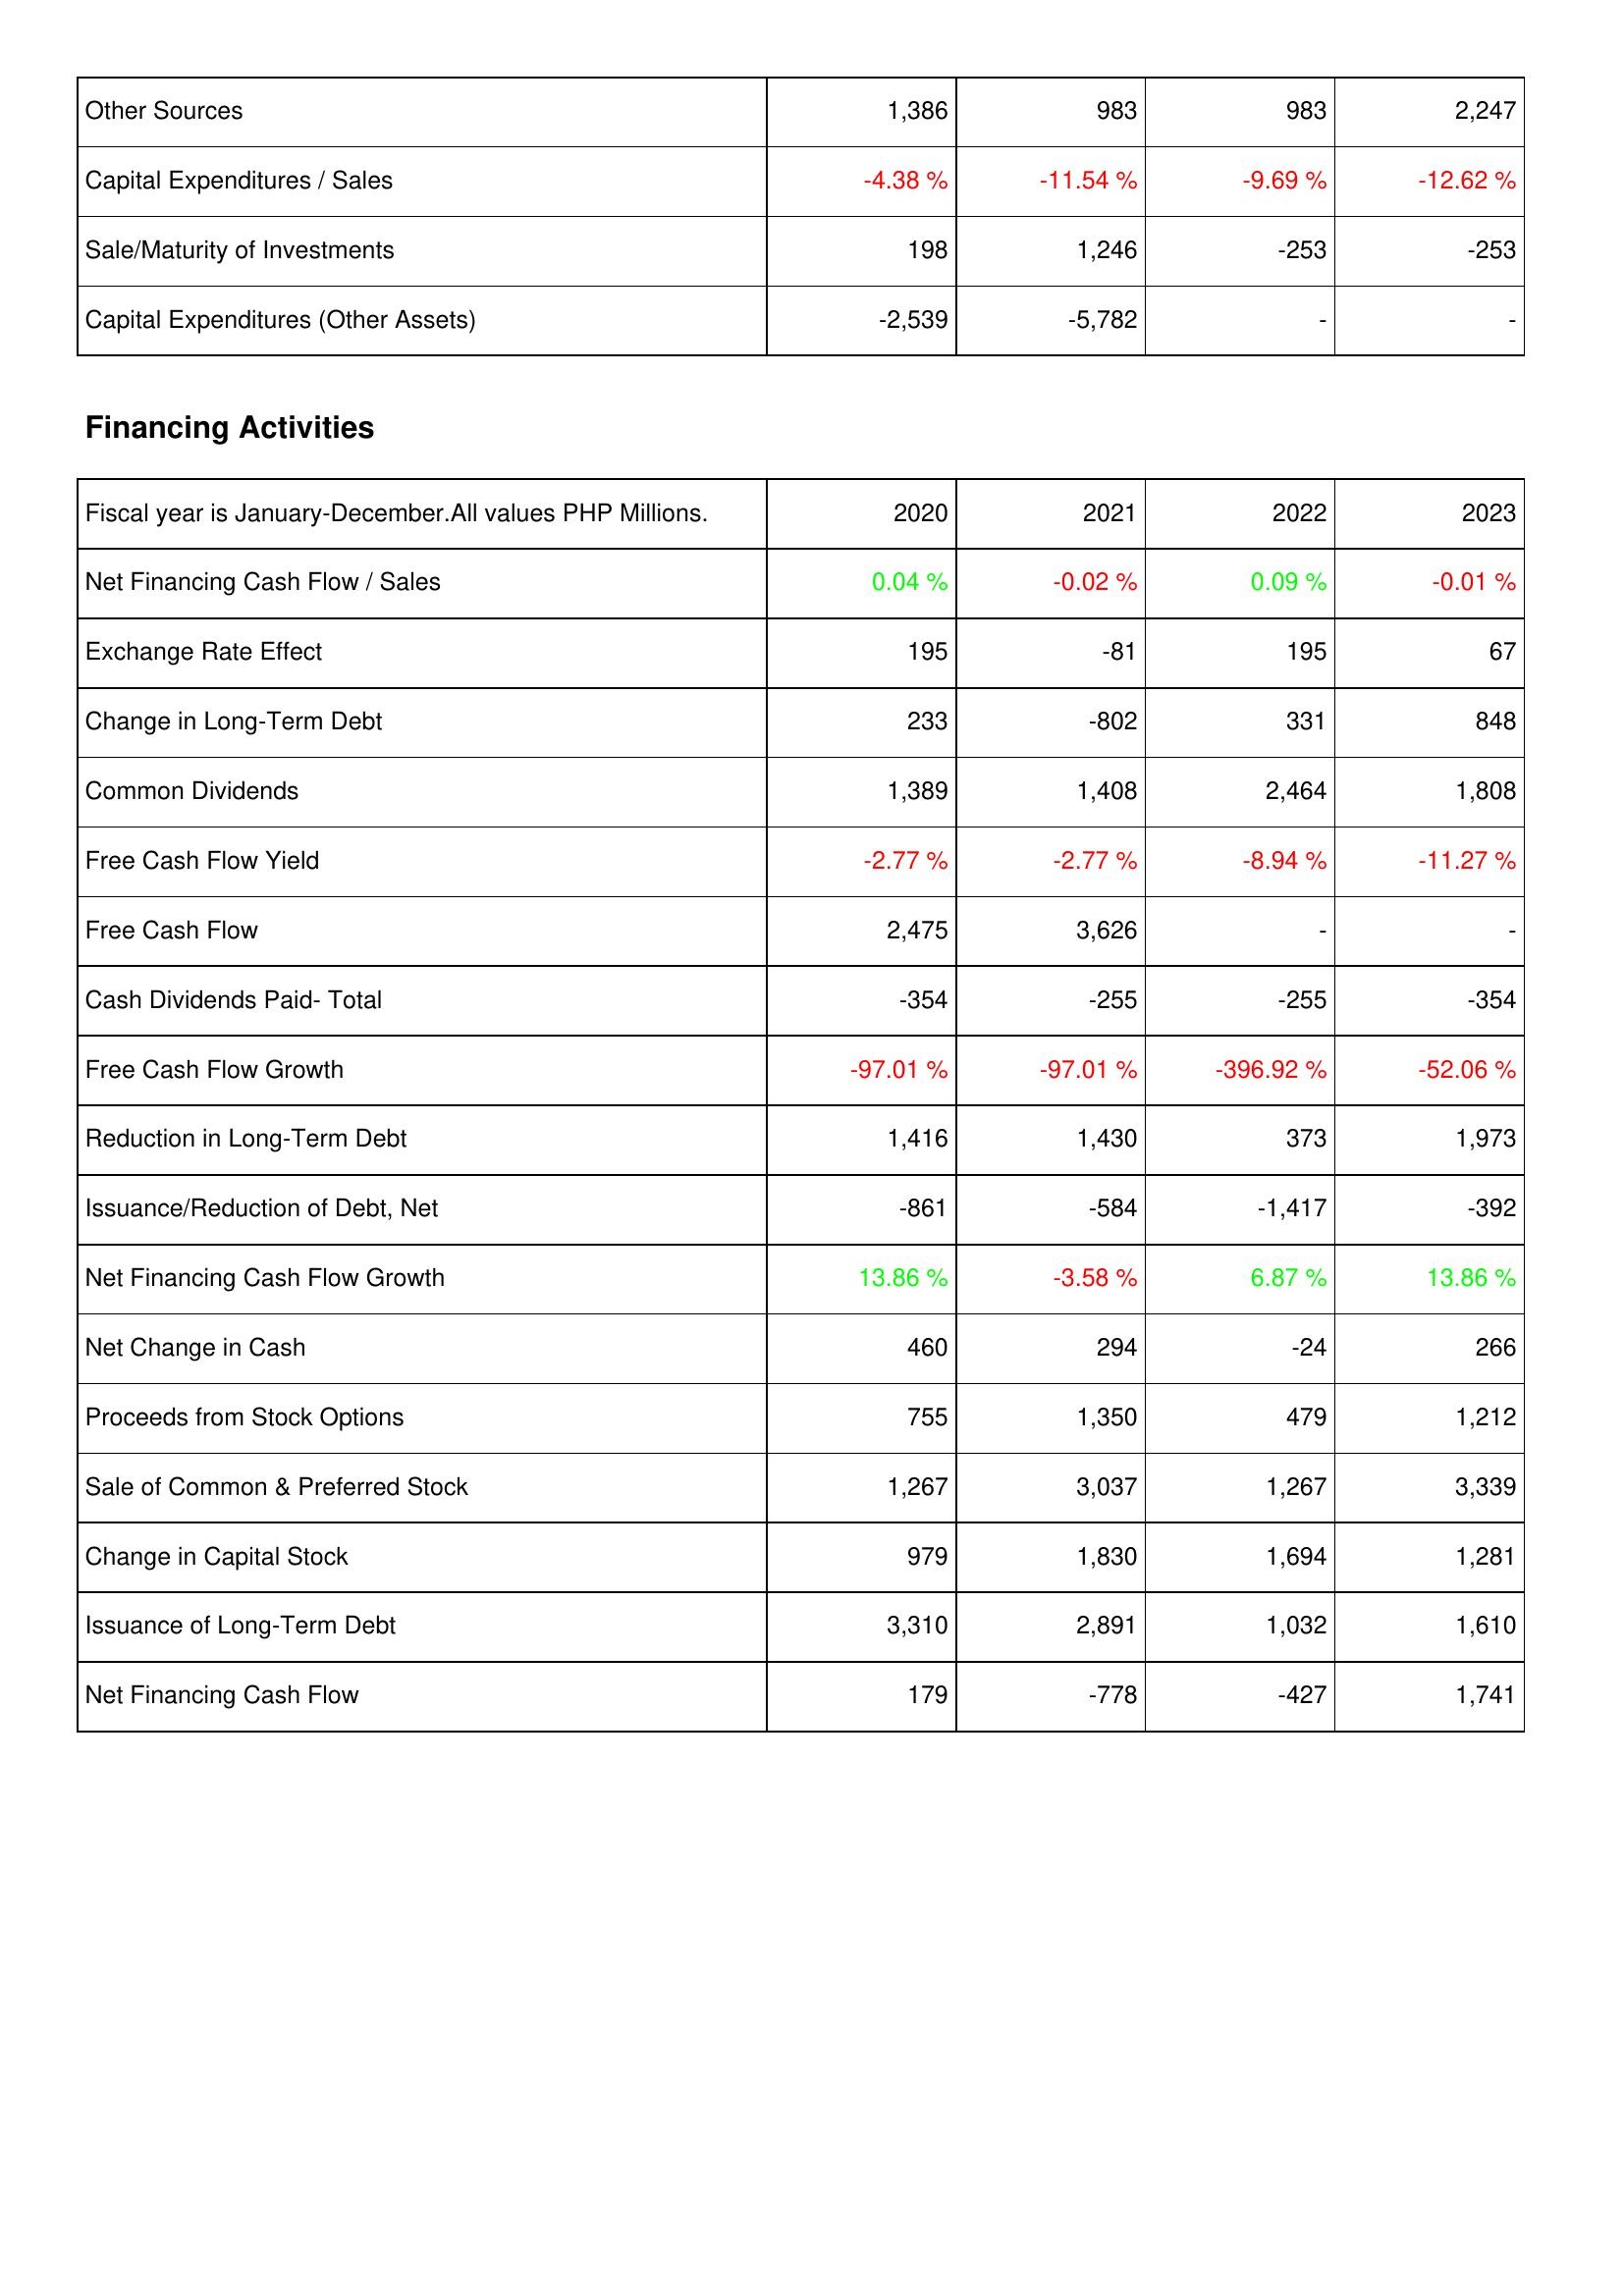
2020: Investing Activities: Other Sources: 1,386
Capital Expenditures / Sales: -4.38 %
Sale/Maturity of Investments: 198
Capital Expenditures (Other Assets): -2,539
Financing Activities: Net Financing Cash Flow / Sales: 0.04 %
Exchange Rate Effect: 195
Change in Long-Term Debt: 233
Common Dividends: 1,389
Free Cash Flow Yield: -2.77 %
Free Cash Flow: 2,475
Cash Dividends Paid- Total: -354
Free Cash Flow Growth: -97.01 %
Reduction in Long-Term Debt: 1,416
Issuance/Reduction of Debt, Net: -861
Net Financing Cash Flow Growth: 13.86 %
Net Change in Cash: 460
Proceeds from Stock Options: 755
Sale of Common & Preferred Stock: 1,267
Change in Capital Stock: 979
Issuance of Long-Term Debt: 3,310
Net Financing Cash Flow: 179
2021: Investing Activities: Other Sources: 983
Capital Expenditures / Sales: -11.54 %
Sale/Maturity of Investments: 1,246
Capital Expenditures (Other Assets): -5,782
Financing Activities: Net Financing Cash Flow / Sales: -0.02 %
Exchange Rate Effect: -81
Change in Long-Term Debt: -802
Common Dividends: 1,408
Free Cash Flow Yield: -2.77 %
Free Cash Flow: 3,626
Cash Dividends Paid- Total: -255
Free Cash Flow Growth: -97.01 %
Reduction in Long-Term Debt: 1,430
Issuance/Reduction of Debt, Net: -584
Net Financing Cash Flow Growth: -3.58 %
Net Change in Cash: 294
Proceeds from Stock Options: 1,350
Sale of Common & Preferred Stock: 3,037
Change in Capital Stock: 1,830
Issuance of Long-Term Debt: 2,891
Net Financing Cash Flow: -778
2022: Investing Activities: Other Sources: 983
Capital Expenditures / Sales: -9.69 %
Sale/Maturity of Investments: -253
Capital Expenditures (Other Assets): -
Financing Activities: Net Financing Cash Flow / Sales: 0.09 %
Exchange Rate Effect: 195
Change in Long-Term Debt: 331
Common Dividends: 2,464
Free Cash Flow Yield: -8.94 %
Free Cash Flow: -
Cash Dividends Paid- Total: -255
Free Cash Flow Growth: -396.92 %
Reduction in Long-Term Debt: 373
Issuance/Reduction of Debt, Net: -1,417
Net Financing Cash Flow Growth: 6.87 %
Net Change in Cash: -24
Proceeds from Stock Options: 479
Sale of Common & Preferred Stock: 1,267
Change in Capital Stock: 1,694
Issuance of Long-Term Debt: 1,032
Net Financing Cash Flow: -427
2023: Investing Activities: Other Sources: 2,247
Capital Expenditures / Sales: -12.62 %
Sale/Maturity of Investments: -253
Capital Expenditures (Other Assets): -
Financing Activities: Net Financing Cash Flow / Sales: -0.01 %
Exchange Rate Effect: 67
Change in Long-Term Debt: 848
Common Dividends: 1,808
Free Cash Flow Yield: -11.27 %
Free Cash Flow: -
Cash Dividends Paid- Total: -354
Free Cash Flow Growth: -52.06 %
Reduction in Long-Term Debt: 1,973
Issuance/Reduction of Debt, Net: -392
Net Financing Cash Flow Growth: 13.86 %
Net Change in Cash: 266
Proceeds from Stock Options: 1,212
Sale of Common & Preferred Stock: 3,339
Change in Capital Stock: 1,281
Issuance of Long-Term Debt: 1,610
Net Financing Cash Flow: 1,741